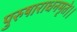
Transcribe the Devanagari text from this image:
पुरुषाराधनमृते।।